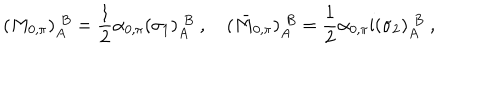
( M _ { 0 , \pi } ) _ { A } ^ { \; B } = \frac { 1 } { 2 } \alpha _ { 0 , \pi } ( \sigma _ { 1 } ) _ { A } ^ { \; B } \ , \quad ( \bar { M } _ { 0 , \pi } ) _ { A } ^ { \; B } = \frac { 1 } { 2 } \alpha _ { 0 , \pi } \mathrm { i } ( \sigma _ { 2 } ) _ { A } ^ { \; B } \ ,